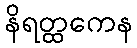
နိရတ္ထကေန